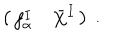
\left( \begin{array} { c c } { { f _ { \alpha } ^ { I } } } & { { \bar { X } ^ { I } } } \\ \end{array} \right) \ .